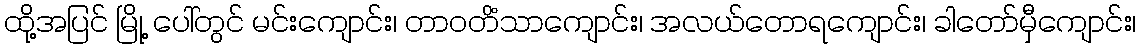
ထို့အပြင် မြို့ ပေါ်တွင် မင်းကျောင်း၊ တာဝတိံသာကျောင်း၊ အလယ်တောရကျောင်း၊ ခါတော်မှီကျောင်း၊